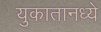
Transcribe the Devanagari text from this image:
युकातानध्ये